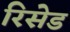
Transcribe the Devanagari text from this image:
रिसेड